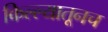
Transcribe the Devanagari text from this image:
किल्ल्यातूनच